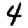
Digit: 4